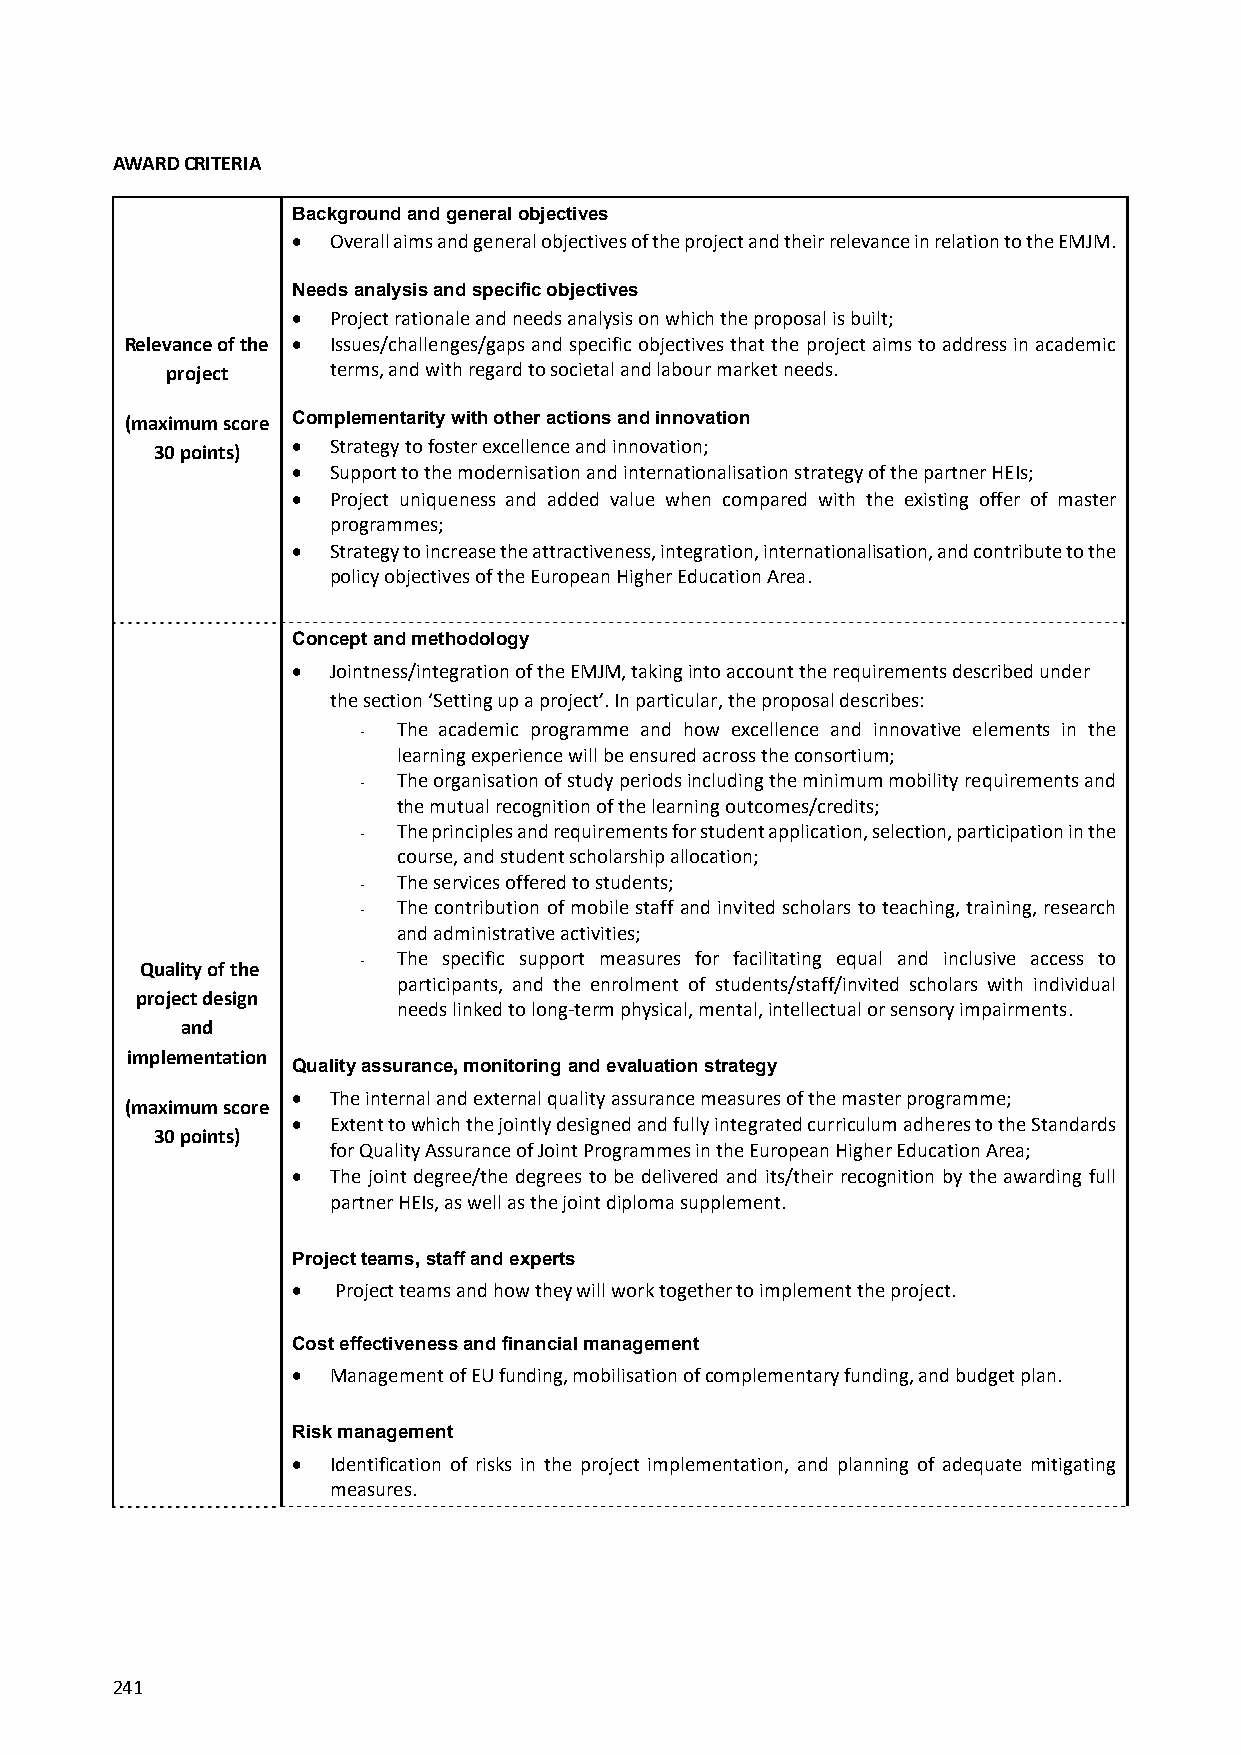
AWARD CRITERIA
 Background and general objectives
   Overall aims and general objectives of the project and their relevance in relation to the EMJM.
 Needs analysis and specific objectives
   Project rationale and needs analysis on which the proposal is built;
 Relevance of the  Issues/challenges/gaps and specific objectives that the project aims to address in academic
 project    terms, and with regard to societal and labour market needs.
 (maximum score Complementarity with other actions and innovation
   Strategy to foster excellence and innovation;
 30 points)
   Support to the modernisation and internationalisation strategy of the partner HEIs;
   Project uniqueness and added value when compared with the existing offer of master
 programmes;
   Strategy to increase the attractiveness, integration, internationalisation, and contribute to the
 policy objectives of the European Higher Education Area.
 Concept and methodology
   Jointness/integration of the EMJM, taking into account the requirements described under
 the section ‘Setting up a project’. In particular, the proposal describes:
 ‐ The academic programme and how excellence and innovative elements in the
 learning experience will be ensured across the consortium;
 ‐ The organisation of study periods including the minimum mobility requirements and
 the mutual recognition of the learning outcomes/credits;
 ‐ The principles and requirements for student application, selection, participation in the
 course, and student scholarship allocation;
 ‐ The services offered to students;
 ‐ The contribution of mobile staff and invited scholars to teaching, training, research
 and administrative activities;
 Quality of the ‐ The specific support measures for facilitating equal and inclusive access to
 participants, and the enrolment of students/staff/invited scholars with individual
 project design
 needs linked to long‐term physical, mental, intellectual or sensory impairments.
 and
 implementation
 Quality assurance, monitoring and evaluation strategy
   The internal and external quality assurance measures of the master programme;
 (maximum score
   Extent to which the jointly designed and fully integrated curriculum adheres to the Standards
 30 points)
 for Quality Assurance of Joint Programmes in the European Higher Education Area;
   The joint degree/the degrees to be delivered and its/their recognition by the awarding full
 partner HEIs, as well as the joint diploma supplement.
 Project teams, staff and experts
   Project teams and how they will work together to implement the project.
 Cost effectiveness and financial management
   Management of EU funding, mobilisation of complementary funding, and budget plan.
 Risk management
   Identification of risks in the project implementation, and planning of adequate mitigating
 measures.
 241